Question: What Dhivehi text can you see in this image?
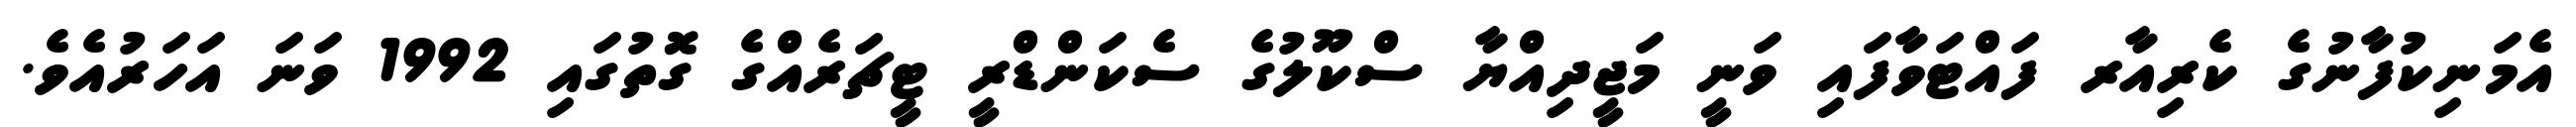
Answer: އެމަނިކުފާނުގެ ކެރިއާރ ފައްޓަވާފައި ވަނީ މަޖީދިއްޔާ ސްކޫލުގެ ސެކަންޑްރީ ޓީޗަރެއްގެ ގޮތުގައި 1992 ވަނަ އަހަރުއެވެ.